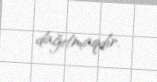
dağıtmaqdır.